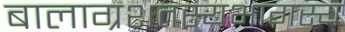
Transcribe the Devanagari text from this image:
बालाग्रशतस्यभागस्य